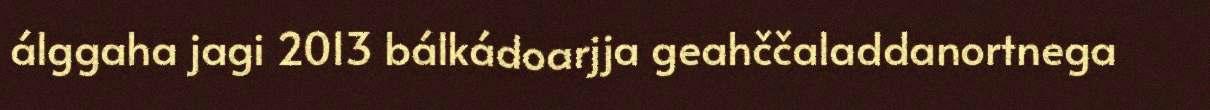
álggaha jagi 2013 bálkádoarjja geahččaladdanortnega